Senior Leaving Certificate Examination (including Day School Certificate (Higher) General paper), 1949
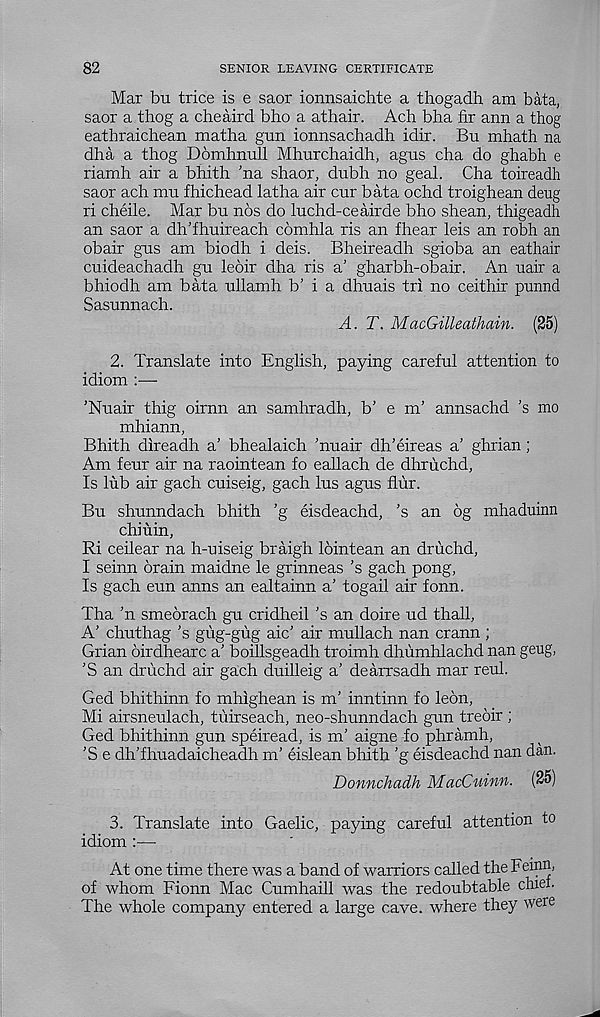
82
SENIOR LEAVING CERTIFICATE
Mar bu trice is e saor ionnsaichte a thogadh am bata,
saor a thog a cheaird bho a athair. Ach bha fir arm a thog
eathraichean matha gun ionnsachadh idir. Bu mhath na
dha a thog Domhnull Mhurchaidh, agus cha do ghabh e
riamh air a bhith ’na shaor, dubh no geal. Cha toireadh
saor ach mu fhichead latha air cur bata ochd troighean deug
ri cheile. Mar bu nos do luchd-ceairde bho shean, thigeadh
an saor a dh’fhuireach comhla ris an fhear leis an robh an
obair gus am biodh i deis. Bheireadh sgioba an eathair
cuideachadh gu leoir dha ris a’ gharbh-obair. An uair a
bhiodh am bata ullamh b’ i a dhuais tri no ceithir punnd
Sasunnach.
A. T. MacGilleathain. (25)
2. Translate into English, paying careful attention to
idiom :—
’Nuair thig oirnn an samhradh, b’ e m’ annsachd ’s mo
mhiann,
Bhith direadh a’ bhealaich ’nuair dh’eireas a’ ghrian;
Am feur air na raointean fo eallach de dhruchd,
Is lub air gach cuiseig, gach lus agus flur.
Bu shunndach bhith ’g eisdeachd, ’s an 6g mhaduinn
chiuin,
Ri ceilear na h-uiseig braigh lointean an druchd,
I seinn brain maidne le grinneas’s gach pong,
Is gach eun anns an ealtainn a’ togail air fonn.
Tha ’n smebrach gu cridheil’s an doire ud thall,
A’ chuthag’s gug-gug aic’ air mullach nan crann ;
Grian birdhearc a’ boillsgeadh troimh dhumhlachd nan geug,
’S an druchd air gach duilleig a’ dearrsadh mar reul.
Ged bhithinn fo mhighean is m’ inntinn fo lebn,
Mi airsneulach, tuirseach, neo-shunndach gun trebir ;
Ged bhithinn gun speiread, is m’ aigne fo phramh,
’S e dh’fhuadaicheadh m’ eislean bhith ’g eisdeachd nan dan.
Donnchadh MacCuinn. (25)
3. Translate into Gaelic, paying careful attention to
idiom :—
At one time there was a band of warriors called the Feinn,
of whom Fionn Mac Cumhaill was the redoubtable chiel.
The whole company entered a large cave, where they were